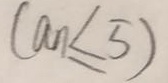
( a _ { n } \leq 5 )